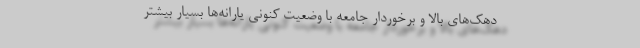
دهک‌های بالا و برخوردار جامعه با وضعیت کنونی یارانه‌ها بسیار بیشتر